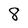
Character: 8